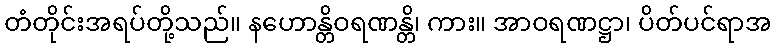
တံတိုင်းအရပ်တို့သည်။ နဟောန္တိဝရဏန္တိ၊ ကား။ အာဝရဏဋ္ဌာ၊ ပိတ်ပင်ရာအ